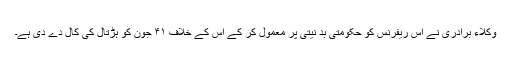
وکلاء برادری نے اس ریفرنس کو حکومتی بد نیتی پر معمول کر کے اس کے خلاف ۴۱ جون کو ہڑتال کی کال دے دی ہے۔